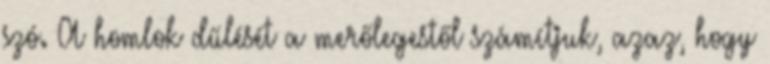
szó. A homlok dűlését a merőlegestől számítjuk, azaz, hogy